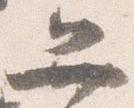
弁